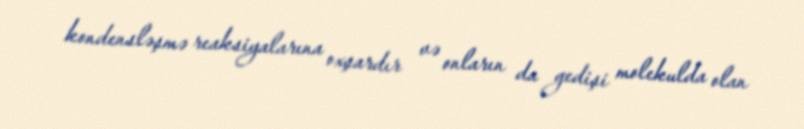
kondensləşmə reaksiyalarına oxşardır və onların da gedişi molekulda olan